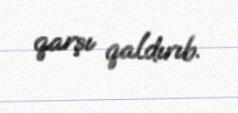
qarşı qaldırıb.